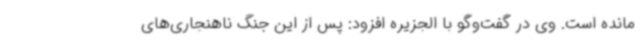
مانده است. وی در گفت‌وگو با الجزیره افزود: پس از این جنگ ناهنجاری‌های